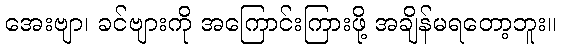
အေးဗျာ၊ ခင်ဗျားကို အကြောင်းကြားဖို့ အချိန်မရတော့ဘူး။